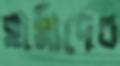
হার্মাদের